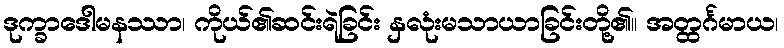
ဒုက္ခာဒေါမနဿာ၊ ကိုယ်၏ဆင်းရဲခြင်း နှလုံးမသာယာခြင်းတို့၏။ အတ္ထင်္ဂမာယ၊